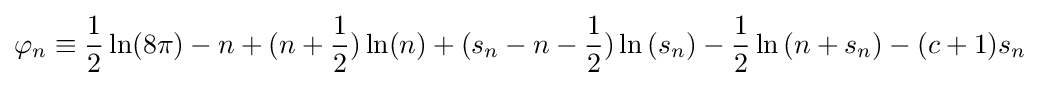
\varphi _{n}\equiv {\frac {1}{2}}\ln(8\pi )-n+(n+{\frac {1}{2}})\ln(n)+(s_{n}-n-{\frac {1}{2}})\ln \left(s_{n}\right)-{\frac {1}{2}}\ln \left(n+s_{n}\right)-(c+1)s_{n}